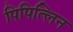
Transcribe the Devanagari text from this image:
पिपित्लिन